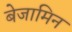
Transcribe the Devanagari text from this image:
बेजामिन